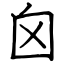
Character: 囟